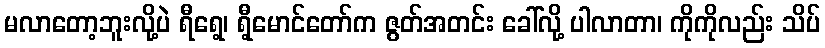
မလာတော့ဘူးလို့ပဲ ရီရေ့၊ ရီ့မောင်တော်က ဇွတ်အတင်း ခေါ်လို့ ပါလာတာ၊ ကိုကိုလည်း သိပ်